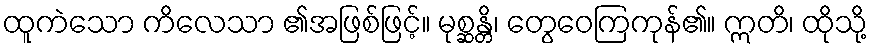
ထူကဲသော ကိလေသာ ၏အဖြစ်ဖြင့်။ မုစ္ဆန္တိ၊ တွေဝေကြကုန်၏။ ဣတိ၊ ထိုသို့